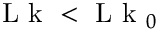
\mathrm { ~ L ~ k ~ } < \mathrm { ~ L ~ k ~ } _ { 0 }